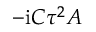
- \mathrm { i } C \tau ^ { 2 } A